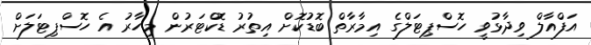
އަފްއާލް ވިދާޅުވީ ހޮސްޕިޓަލްގެ އިމާރާތް ބޮޑުކޮށް އިތުރު ޑޮކްޓަރުން މިހާރު އެ ހޮސްޕިޓަލަށް